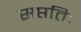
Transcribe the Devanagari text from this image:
सप्ततिः